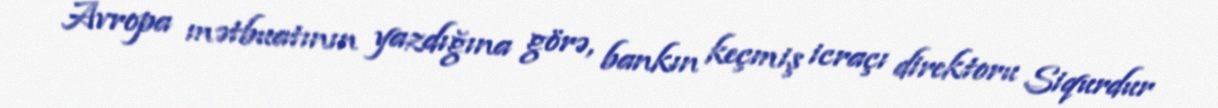
Avropa mətbuatının yazdığına görə, bankın keçmiş icraçı direktoru Siqurdur